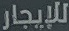
للإيجار